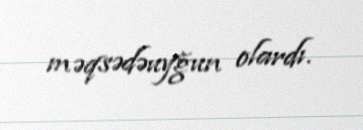
məqsədəuyğun olardı.